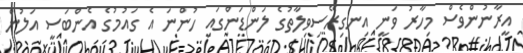
އީރާނުންވެސް މިހާރު ވަނީ އިނގިރޭސިވިލާތުގެ ލަންޑަންގައި ހުންނަ އެ ގައުމުގެ އެންބަސީ އަލުން